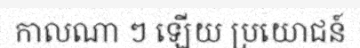
កាលណា ៗ ឡើយ ប្រយោជន៍